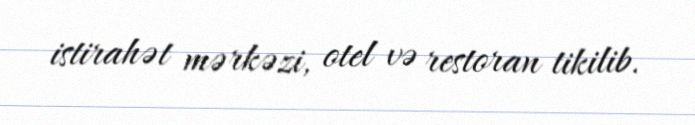
istirahət mərkəzi, otel və restoran tikilib.